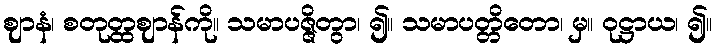
ဈာနံ၊ စတုတ္ထဈာန်ကို။ သမာပဇ္ဇိတွာ၊ ၍။ သမာပတ္တိတော၊ မှ။ ဝုဋ္ဌာယ၊ ၍။